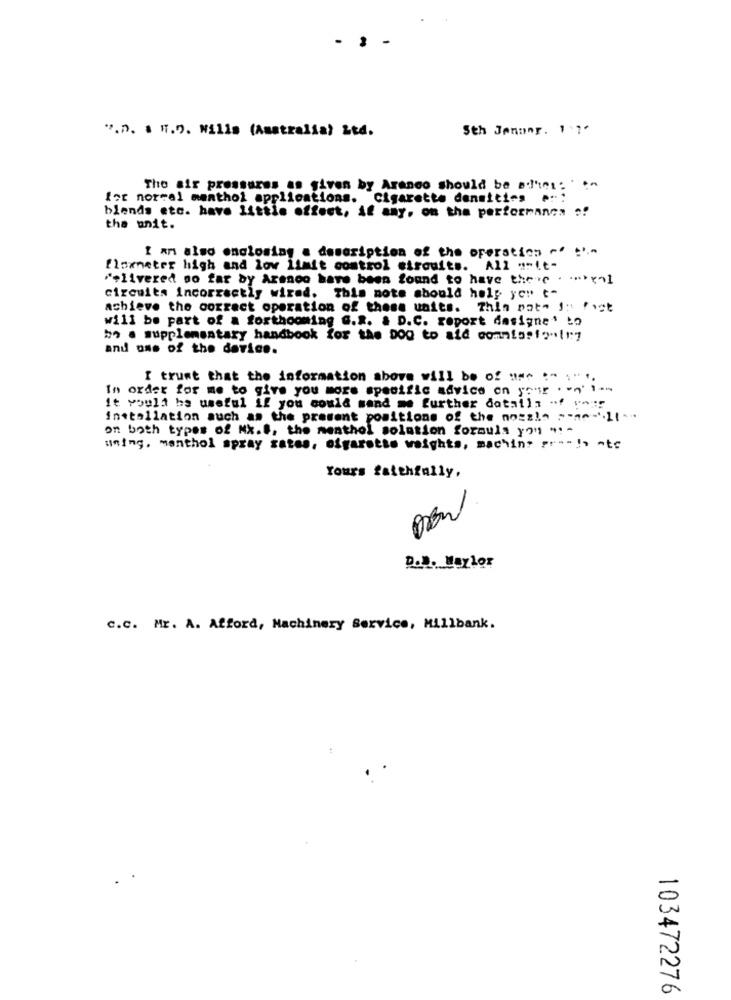
".n. 1 1.9. Wills (Australia) Ltd.
Sth Jenanr. 1 1'
The air pressures as given by Aranco should be ad'ici: ' "~
for norral menthol applications. Cigarette densities e ::
blends etc. have little effect, if any, on the performance ?!
the unit.
I am also enclosing a description of the operation -' '-
flowneter high and low limit control circuits. All "-it-
*+livered so far by Arenco have been found to have there * *** xol
circuits Incorrectly wired. This note should holy yo" t"
achieve the correct operation of these units. This pate J: fact
will be part of a forthcoming G.2. & D.C. report designe' to
bo a supplementary handbook for the Dog to aid comnissim -!! y
and oss of the device.
I trust that the information above will be of us" :" """,
In order for me to give you more specific advice on your . - q'1 --
it could be useful if you could send me further details -f vn:"
installation such as the present positions of the nozzle ---- lt-
on both types of Mx.S, the menthol solution forsuis you " :-
uning. menthol spray sates, ofgarotte weights, machine pro- to atc
Yours faithfully,
D.N. MayLor
C.C. Mr. A. Afford, Machinery Service, Millbank.
103472276